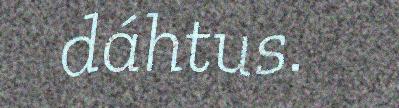
dáhtus.